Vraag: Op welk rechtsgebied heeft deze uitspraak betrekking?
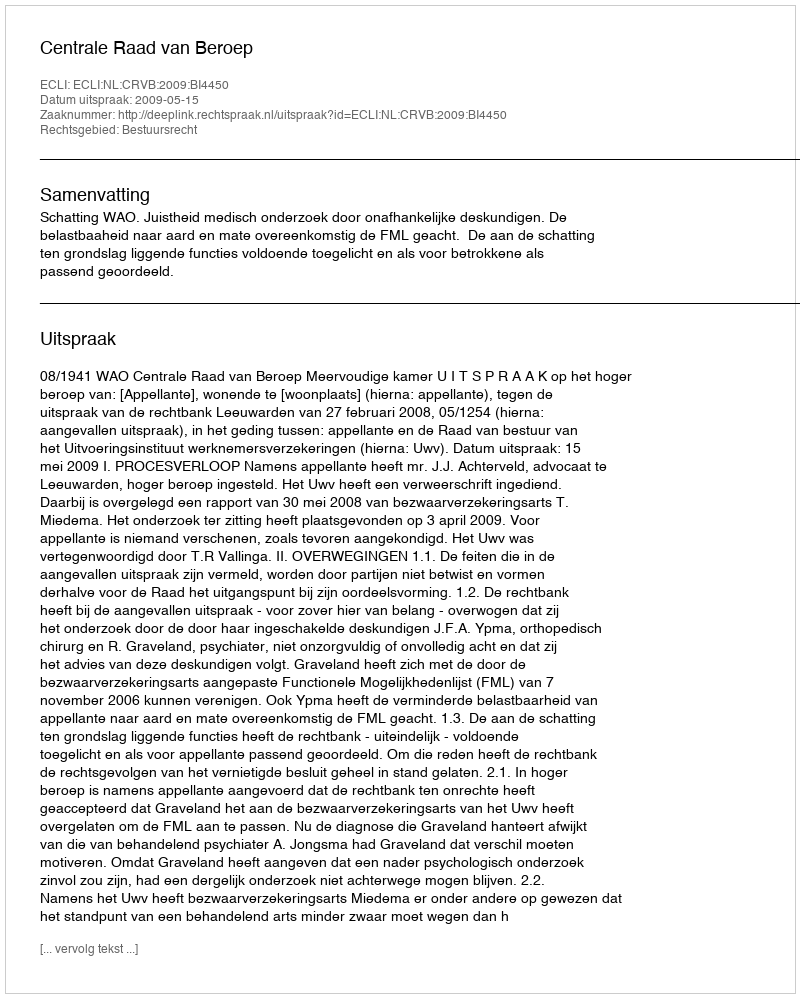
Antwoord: Bestuursrecht